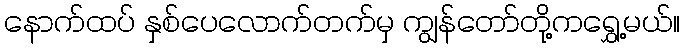
နောက်ထပ် နှစ်ပေလောက်တက်မှ ကျွန်တော်တို့ကရွှေ့မယ်။